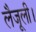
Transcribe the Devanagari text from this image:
लैजूली।